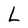
Character: L